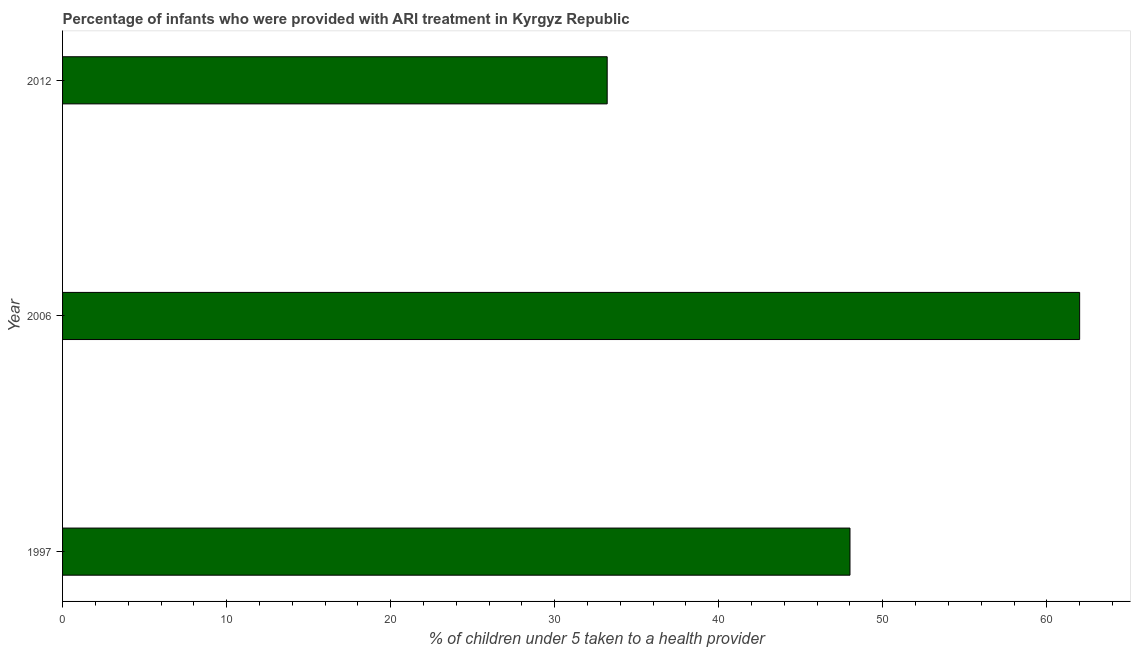
| Year | ARI treatment |
 | --- | --- |
 | 1997 | 48 |
 | 2006 | 62 |
 | 2012 | 33.2 |